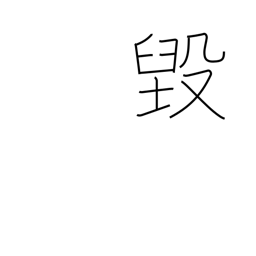
Meaning: be chipped